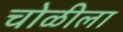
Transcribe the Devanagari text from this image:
चोळीला